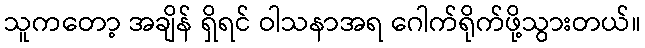
သူကတော့ အချိန် ရှိရင် ဝါသနာအရ ဂေါက်ရိုက်ဖို့သွားတယ်။